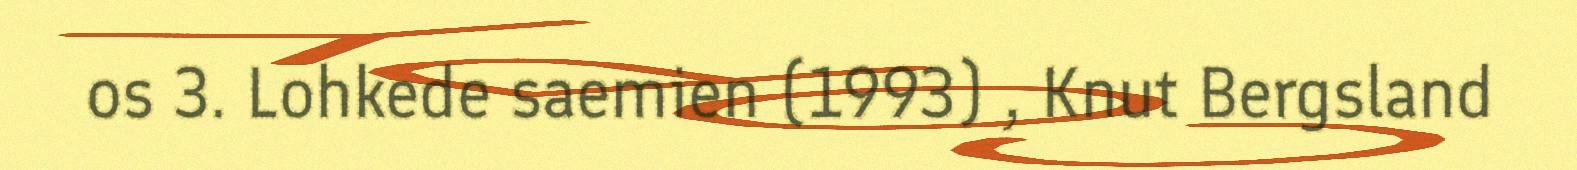
os 3. Lohkede saemien (1993) , Knut Bergsland